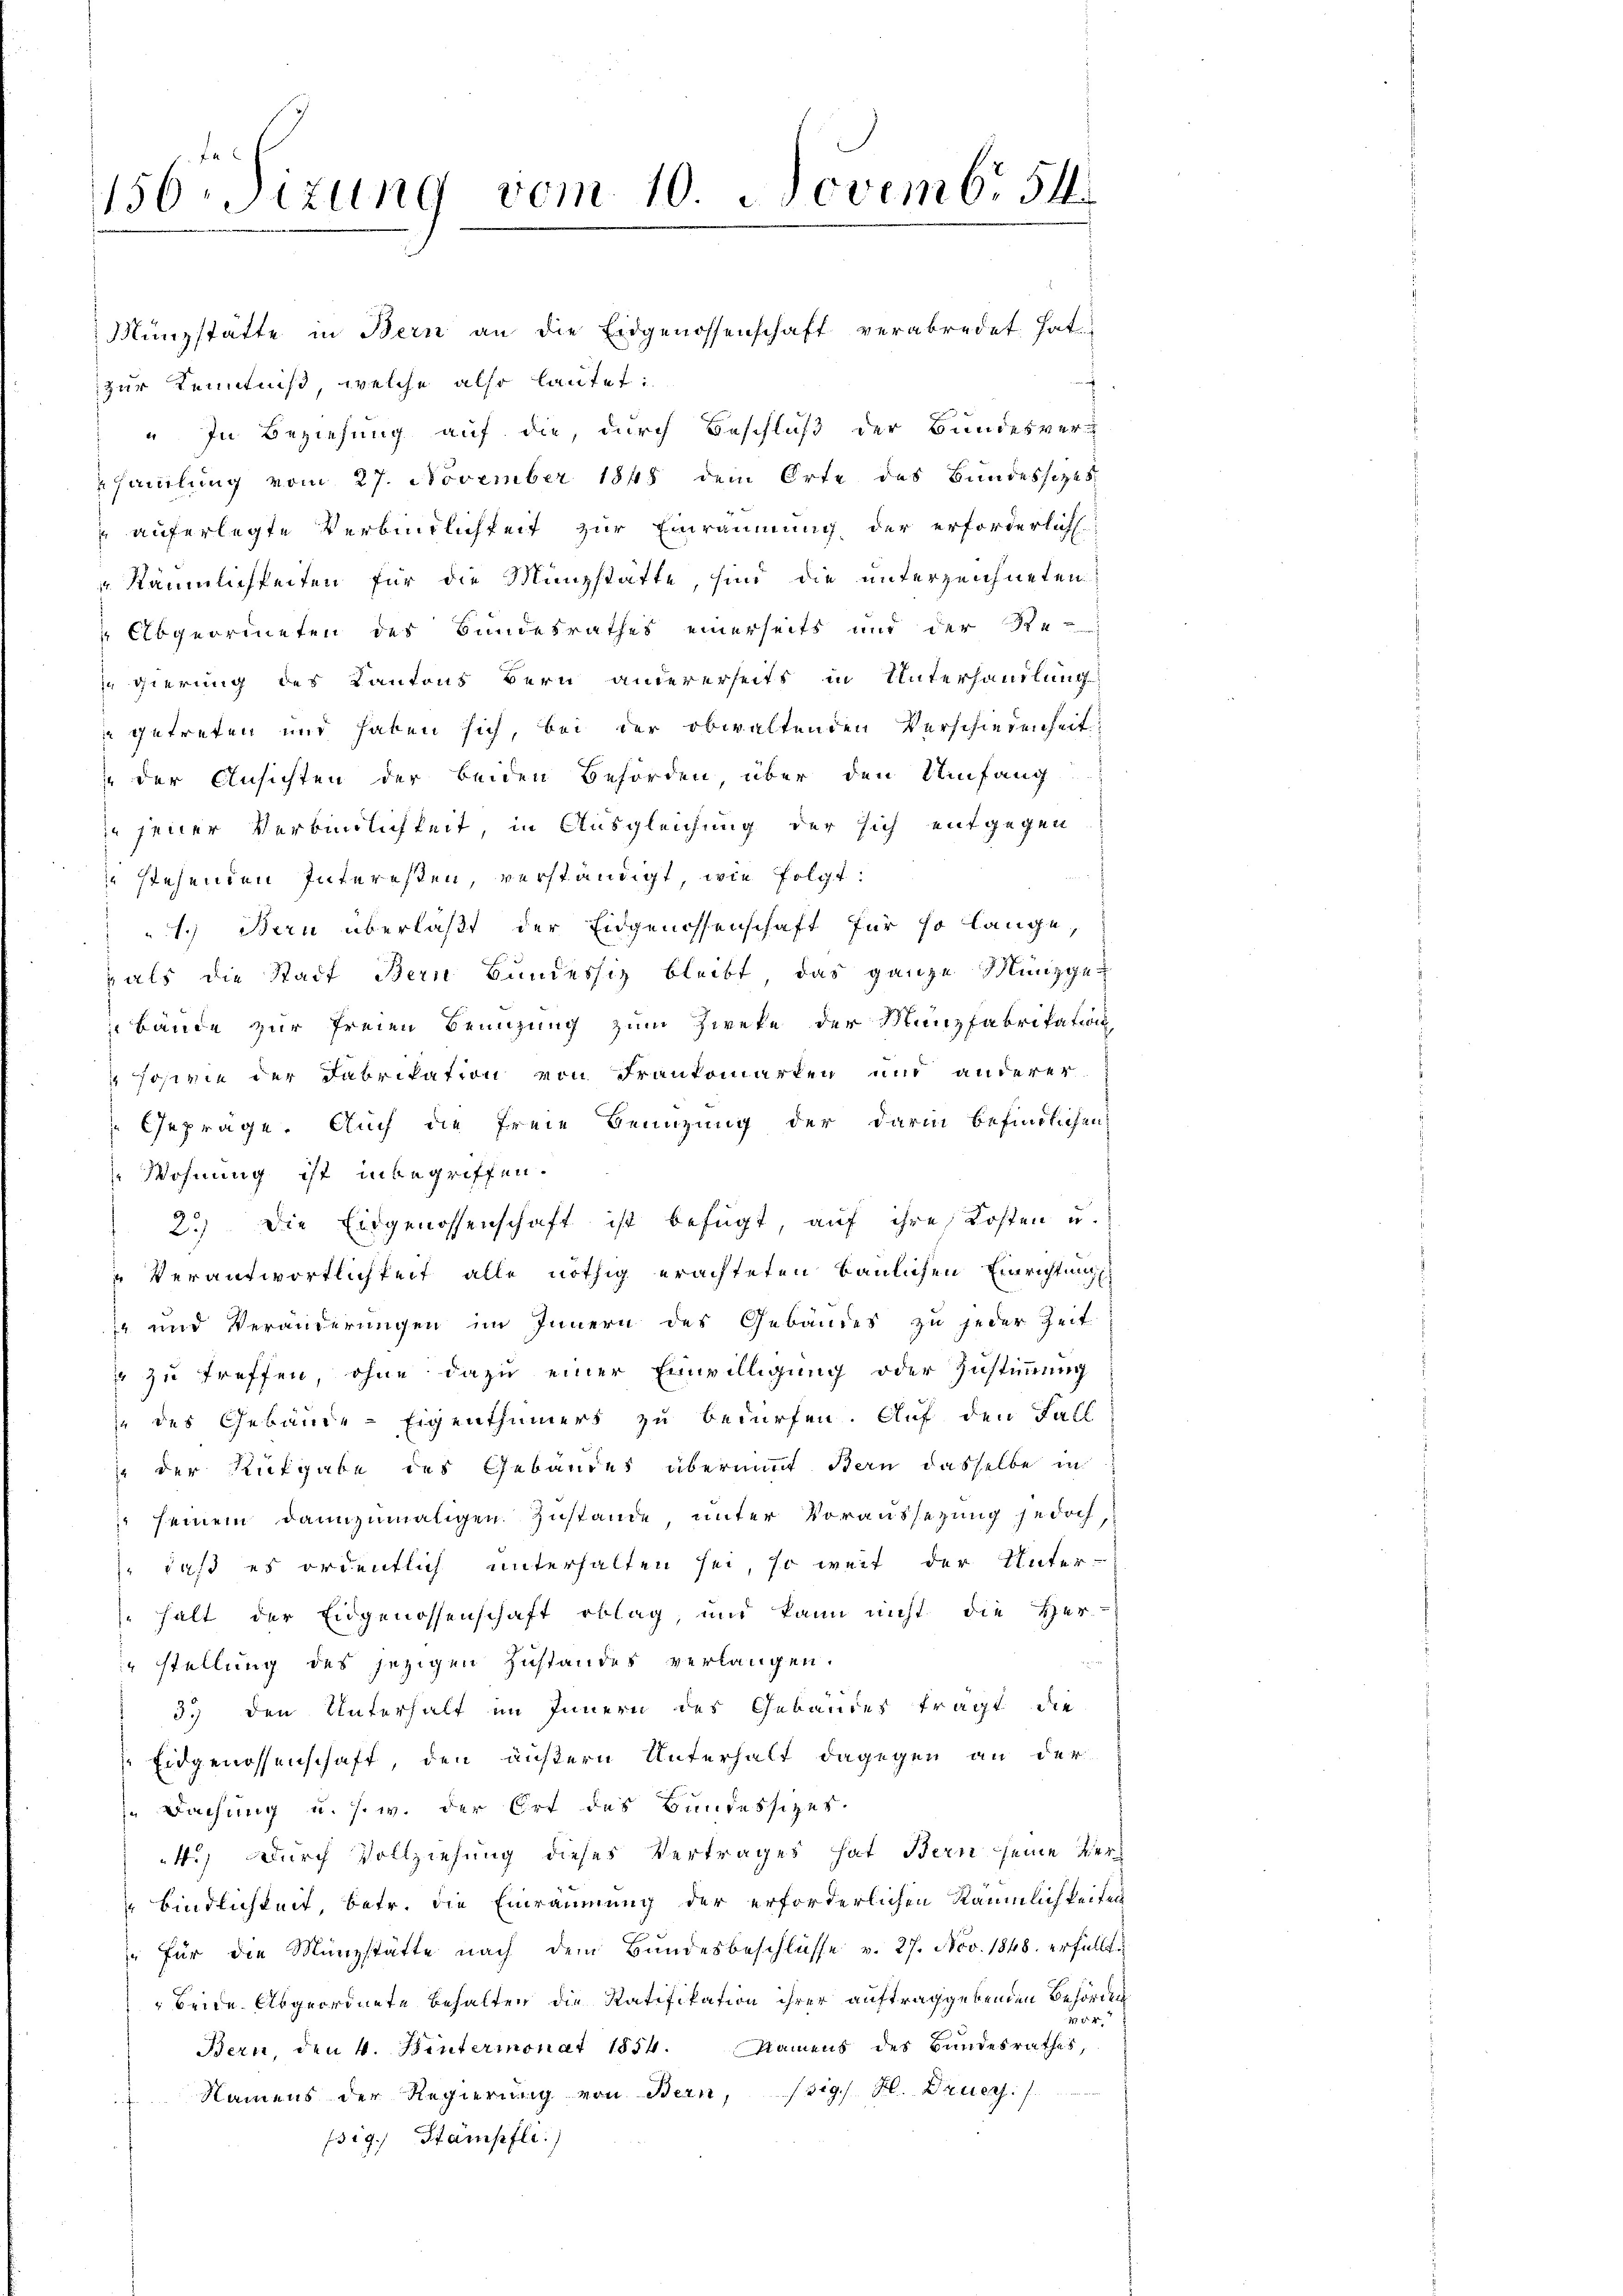
156Sizung vom 10. Novemb. 54

Münzstätte in Bern an die Eidgenossenschaft verabredet hat
zur Kenntniß, welche also lautet:
" In Beziehung auf die, durch Beschluß der Bundesver-
samlung vom 27. November 1848 dem Orte des Bundessitzes
auferlegte Verbindlichkeit zur Einräumung der erforderlich
 Räumlichkeiten für die Münzstatte, sind die unterzeichneten
Abgeordneten des Bundesrathes einerseits und der Be-
gierung des Kantons Bern andererseits in Unterhandlung
 getreten und haben sich, bei der obwaltenden Verschiedenheit
eder Ansichten der beiden Behörden, über den Umfang
 jener Verbindlichkeit, in Ausgleichung der sich entgegen
stehenden Interessen, verständigt, wie folgt:
1.) Bern überläßt der Eidgenossenschaft für so langepals die Stadt Bern Bundessig bleibt, das ganze Münzge
 Bände zur freien Bemühung zum Zweke der Münzfabrikation
Josivie der Fabrikation von Frankomarken und anderer
Gepräge. Auch die freie Benutzung der darin befindlichen
Wohnung ist inbegriffen.
2.) Die Eidgenossenschaft ist befügt, aŭf ihre Kosten u.
Verantwortlichkeit alle nöthig erachteten Baulichen Einrichtungs
 und Veränderungen im Innern des Gebäudes zu jeder Zeit
 zu treffen, ohne dazu einer Einwilligung oder Zustimmung
e des Gebäude-Eigenthümers zu bedürfen. Auf den Fall
 der Rütgabe des Gebäudes übermit Bern dasselbe in
 seinem dannzumaligen Zustande unter Voraussezung jedoch
), daß es ordentlich unterhalten sei, so weit der Unter-
halt der Eidgenossenschaft oblag, und kann nicht die Her
stellung des jetzigen Zustandes verlangen.
3.) den Unterhalt im Innern des Gebäudes fragt die
Eidgenossenschaft, den äußern Unterhalt dagegen an der
n Dachung u. s. w. der Ort des Bundessizer-
4.) Durch Vollziehung dieses Vertrages hat Bern seine Verbindlichkeit, betr. die Einräumung der erforderlichen Räumlichkeiten
 für die Münzstätte nach dem Bundesbeschlüsse v. 27. Nov. 1848 erfüllt.
 beide Abgeordnete Behalten die Ratifikation ihrer auftraggebenden Behörden
04
Bern, den 4. Hintermonat 1854. Namens des Bandesrathes,
Namens der Regierung von Bern, (sig. H. Druer.
fsig. Stampfli.)